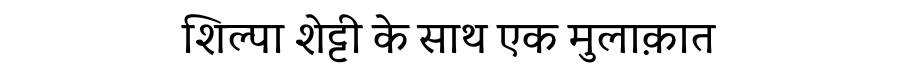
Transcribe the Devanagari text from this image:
शिल्पा शेट्टी के साथ एक मुलाक़ात